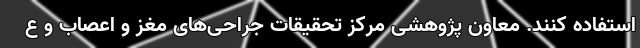
استفاده کنند. معاون پژوهشی مرکز تحقیقات جراحی‌های مغز و اعصاب و ع